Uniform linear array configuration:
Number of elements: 32
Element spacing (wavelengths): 0.25
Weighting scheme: hann
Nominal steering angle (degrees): -30
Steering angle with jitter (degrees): -30.568
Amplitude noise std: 0.05
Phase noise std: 0.05

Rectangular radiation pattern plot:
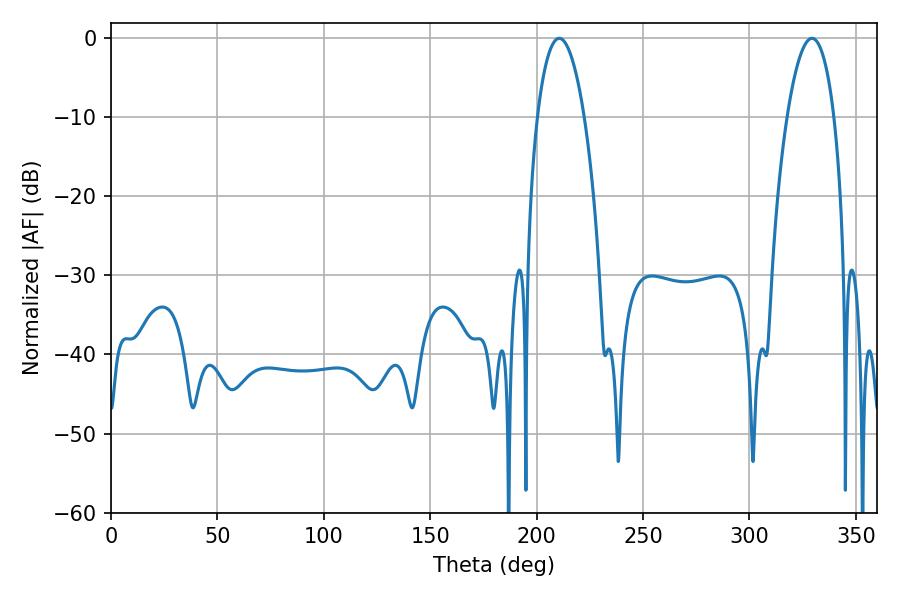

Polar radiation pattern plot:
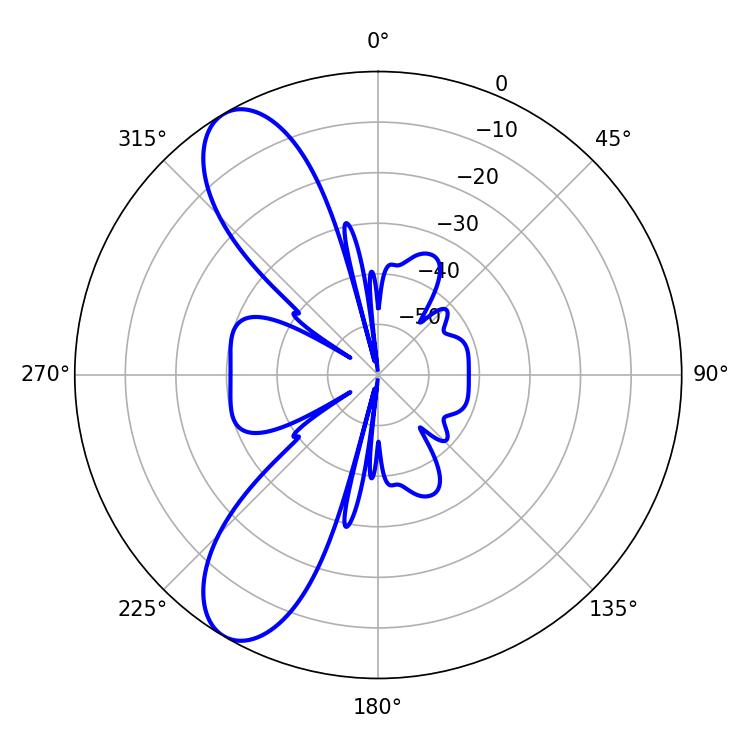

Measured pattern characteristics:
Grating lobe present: FALSE
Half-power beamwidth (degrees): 12.42
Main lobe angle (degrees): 210.6